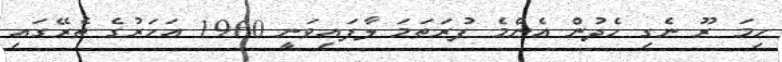
ހިމަ ރޫ ނެގި ހެދުން އެންމެ ފުރަތަމަ ލާފައިވަނީ 1960 އަހަރުގެ ތެރޭގައި